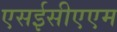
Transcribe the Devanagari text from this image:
एसईसीएएम